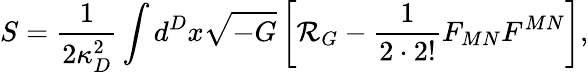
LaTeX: S={\frac{1}{2\kappa_{D}^{2}}}\int d^{D}x\sqrt{-G}\left[{\cal R}_{G}-{\frac{1}{2\cdot 2!}}F_{MN}F^{MN}\right],